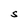
Character: S